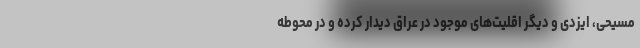
مسیحی، ایزدی و دیگر اقلیت‌های موجود در عراق دیدار کرده و در محوطه